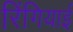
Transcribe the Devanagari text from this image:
रिंगियाई